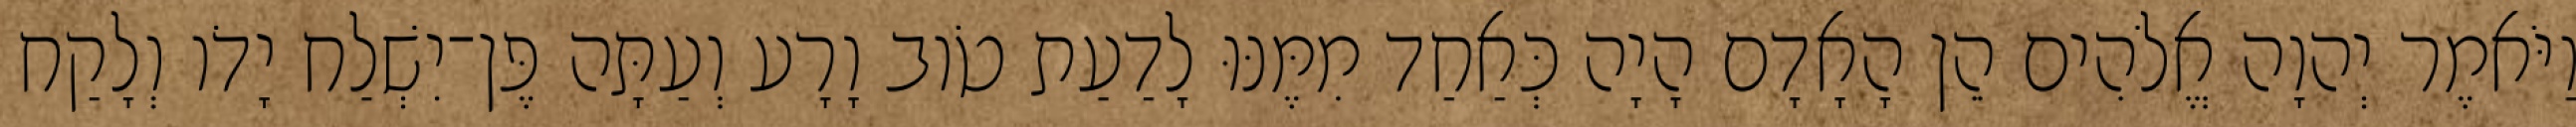
וַיֹּאמֶר יְהוָה אֱלֹהִים הֵן הָאָדָם הָיָה כְּאַחַד מִמֶּנּוּ לָדַעַת טֹוב וָרָע וְעַתָּה פֶּן־יִשְׁלַח יָדֹו וְלָקַח